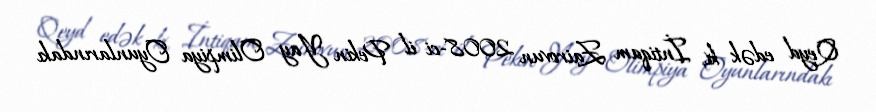
Qeyd edək ki, İntiqam Zairovun 2008-ci il Pekin Yay Olimpiya Oyunlarındakı